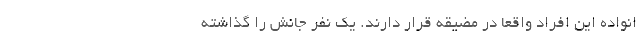
انواده این افراد واقعا در مضیقه قرار دارند. یک نفر جانش را گذاشته